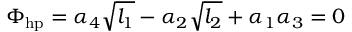
\Phi _ { \mathrm { h p } } = \alpha _ { 4 } \sqrt { l _ { 1 } } - \alpha _ { 2 } \sqrt { l _ { 2 } } + \alpha _ { 1 } \alpha _ { 3 } = 0